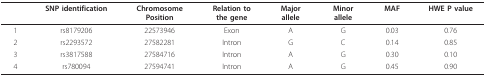
|  | SNP identification | Chromosome Position | Relation to the gene | Major allele | Minor allele | MAF | HWE P value |
 | --- | --- | --- | --- | --- | --- | --- | --- |
 | 1 | rs8179206 | 22573946 | Exon | A | G | 0.03 | 0.76 |
 | 2 | rs2293572 | 27582281 | Intron | G | C | 0.14 | 0.85 |
 | 3 | rs3817588 | 27584716 | Intron | A | G | 0.30 | 0.10 |
 | 4 | rs780094 | 27594741 | Intron | A | G | 0.45 | 0.90 |